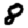
Digit: 8